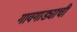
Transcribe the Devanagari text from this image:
गावगाड्याची